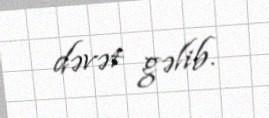
dəvət gəlib.